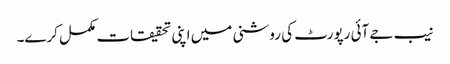
نیب جے آئی رپورٹ کی روشنی میں اپنی تحقیقات مکمل کرے۔